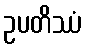
ဥပတိဿံ